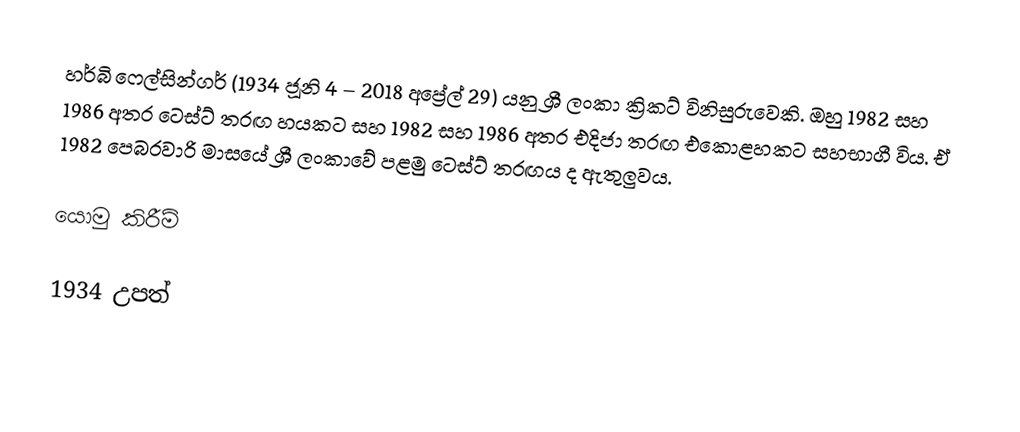
හර්බි ෆෙල්සින්ගර් (1934 ජූනි 4 – 2018 අප්‍රේල් 29) යනු ශ්‍රී ලංකා ක්‍රිකට් විනිසුරුවෙකි. ඔහු 1982 සහ 1986 අතර ටෙස්ට් තරඟ හයකට සහ 1982 සහ 1986 අතර එදිජා තරඟ එකොළහකට සහභාගී විය. ඒ 1982 පෙබරවාරි මාසයේ ශ්‍රී ලංකාවේ පළමු ටෙස්ට් තරඟය ද ඇතුලුවය.

යොමු කිරීම්

1934 උපත්